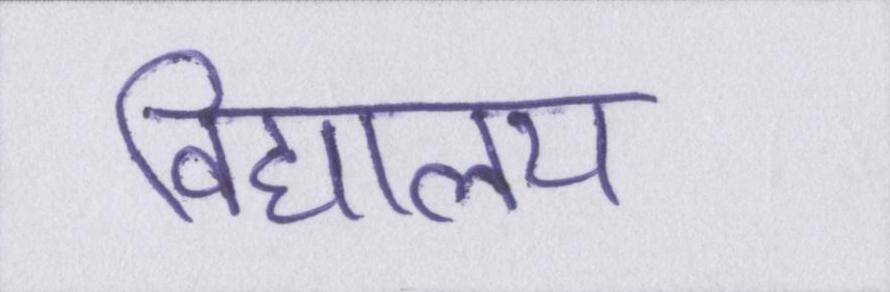
विद्यालय